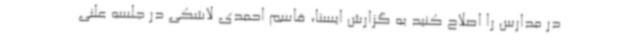
در مدارس را اصلاح کنید به گزارش ایسنا، قاسم احمدی لاشکی در جلسه علنی